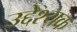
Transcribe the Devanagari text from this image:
उद्देश्यक